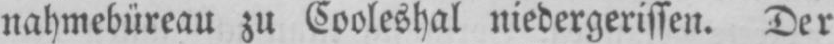
nahmebüreau zu Cooleshal niedergerissen. Der